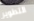
التطوير